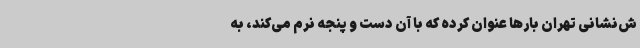
ش‌نشانی تهران بارها عنوان کرده که با آن دست و پنجه نرم می‌کند، به